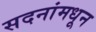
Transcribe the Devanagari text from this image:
सदनांमधून